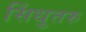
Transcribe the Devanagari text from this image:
सिंधुतरु